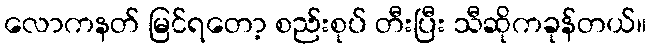
လောကနတ် မြင်ရတော့ စည်းစုပ် တီးပြီး သီဆိုကခုန်တယ်။